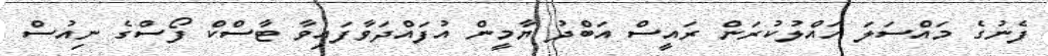
ފެނުގެ މައްސަލަ ހައްލުކުރަން ރައީސް އަބްދު ޔާމީން އުފައްދަވާފައިވާ ޓާސްކް ފޯސްގެ ނިއުސް